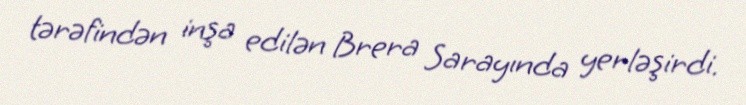
tərəfindən inşa edilən Brera Sarayında yerləşirdi.